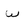
Character: W